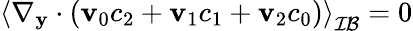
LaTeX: \left\langle\nabla_{\mathbf y}\cdot(\mathbf v_{0}c_{2}+\mathbf v_{1}c_{1}+\mathbf v_{2}c_{0})\right\rangle_{\mathcal{IB}}=0